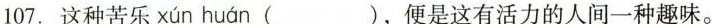
107.这种苦乐 xún huán ( )，便是这有活力的人间一种趣味。